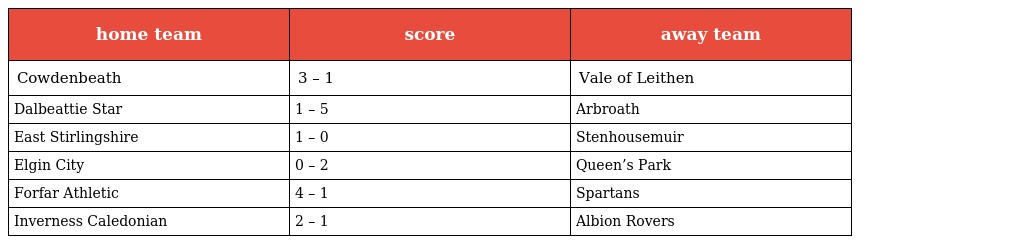
| home team | score | away team |
 | --- | --- | --- |
 | Cowdenbeath | 3 – 1 | Vale of Leithen |
 | Dalbeattie Star | 1 – 5 | Arbroath |
 | East Stirlingshire | 1 – 0 | Stenhousemuir |
 | Elgin City | 0 – 2 | Queen’s Park |
 | Forfar Athletic | 4 – 1 | Spartans |
 | Inverness Caledonian | 2 – 1 | Albion Rovers |